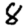
Digit: 8